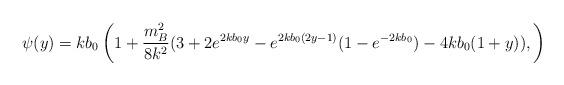
LaTeX: \begin{align*}\psi(y)=kb_0 \left(1+ \frac{m_B^2}{8 k^2}(3+2e^{2kb_0y}-e^{2kb_0(2y-1)}(1-e^{-2kb_0})-4kb_0(1+y)), \right)\end{align*}